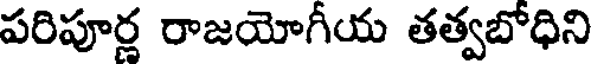
పరిపూర్ణ రాజయోగీయ తత్వబోధిని